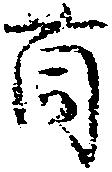
薗